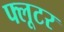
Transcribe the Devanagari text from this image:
फ्लूटर